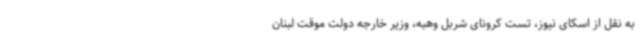
به نقل از اسکای نیوز، تست کرونای شربل وهبه، وزیر خارجه دولت موقت لبنان